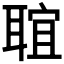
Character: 𦖑